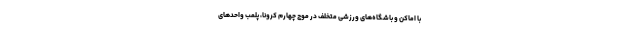
با اماکن و باشگاه‌های ورزشی متخلف در موج چهارم کرونا، پلمب واحدهای